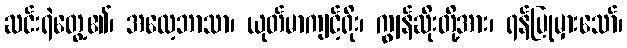
ဆင်းရဲတွေ့၏၊ အလေ့ဘာသာ၊ ယုတ်မာကျင့်ရိုး၊ ကျွန်ဆိုးတို့အား၊ ရန်ပြုမှားသော်၊